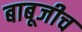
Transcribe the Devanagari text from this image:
बाबूजीच